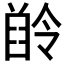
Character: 𪗲